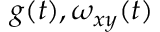
g ( t ) , \omega _ { x y } ( t )